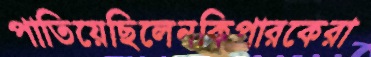
পাতিয়েছিলেনকিপারকেরা